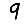
Digit: 9